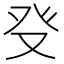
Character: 𤼦